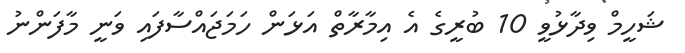
ޝަހީމް ވިދާޅުވީ 10 ބުރީގެ އެ އިމާރާތް އަޅަން ހަމަޖައްސާފައި ވަނީ މާފަންނު